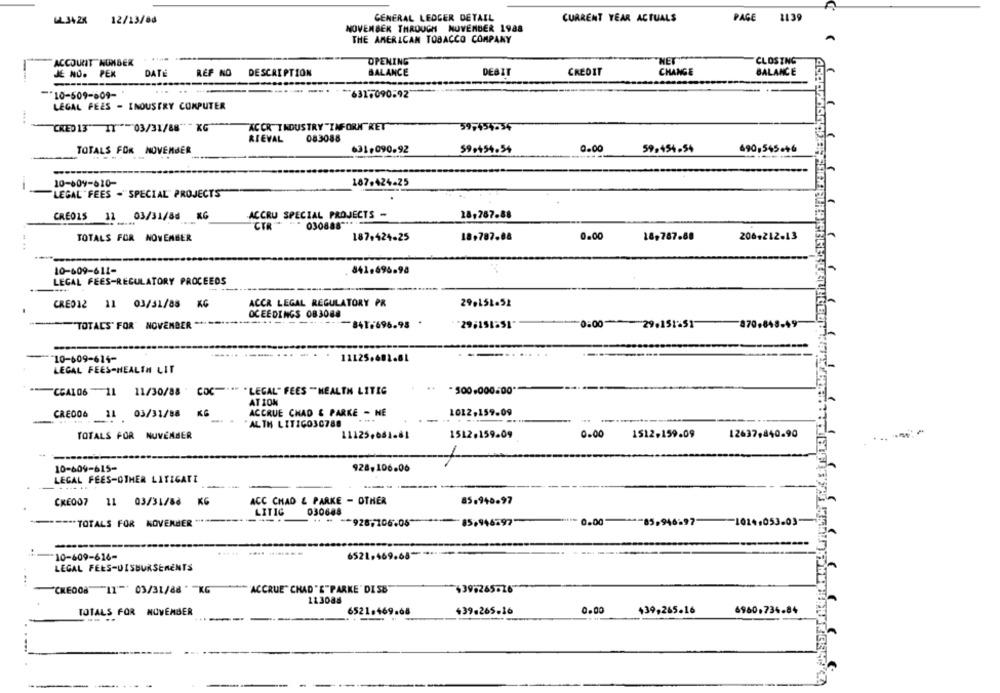
W.342K 12/13/06
GENERAL LEDGER DETAIL
CURRENT YEAR ACTUALS
PAGE 1139
NOVEMBER THROUGH NOVEMBER 1988
THE AMERICAN TOBACCO COMPANY
A
ACCOUNT NUMBER
OPENING
HET
CLOSING
JE NO. PEK
DATE
REF NO
DESCRIPTION
BALANCE
DEBIT
CREDIT
CHANGE
BALANCE
10-509-609-
631+090-92
LEGAL FEES - INDUSTRY COMPUTER
ACCR INDUSTRY "INFORK"KET
CRED 13" IT"""03/31/88 ***
KG
59-454-34
RIEVAL
083088
TOTALS FOR NOVEMBER
631,090.92
59.454.54
0.00
59,454-54
490,545++6
10-609-610-
187.424-25
LEGAL FEES - SPECIAL" PROJECTS
ACCRU SPECIAL PROJECTS -
28,787.88
CREO15 31 03/31/88 KG
CIR"
030888 ****
0.00
TOTALS FOR NOVEMBER
187.424-25
18,787.88
18,787.68
206+212-13
10-609-611-
841.696.98
LEGAL FEES-REGULATORY PROCEEDS
CRED12 11 03/31/88 KG
ACCR LEGAL REGULATORY PR
29.151.51
OCEEDINGS 083088
"TOTALS" FOR' NOVEMBER **
841-696.98
296151851
0:00
29.151:51
--
10-609-614-
11125.602.61
LEGAL FEES-HEALTH LIT
"CEAL06 - 11 11/30/88 "COC"*"LEGAL" FEES "HEALTH LITEG
. 500.000.00 **
ATION
CREDO6 11 03/31/88 KG
ACCRUE CHAD & PARKE - HE
1012,159.09
-
"ALTH LITIGO30788
TOTALS FOR NUVEMBER
11125.681-81
1512.159.09
0.00
1512.159.09
12637,440.90
10-609-615-
928,106.06
LEGAL FEES-OTHER LITIGATI
85.940-97
CKE007 11 03/31/88 KG
ACC CHAD & PARKE - OTHER
LITIC
030688
==== TOTALS FOR NOVEMBER
* * -* 928,106.06
85,946597-
== 0.00
-85-946-97
1024.053.03
6521,469.68 **
10-609-616-
LEGAL FEES-DISBURSEMENTS
'ACCRUE" CHAD "E"PARKE " DI SB"
"CREO08 "11""* 03/31/88* - KG
639:265-26
113088
TOTALS FOR NOVEMBER
6521.469.68
+39.265.16
0.00
439,265.16
6960,734.84